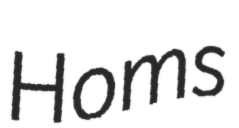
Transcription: Homs